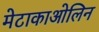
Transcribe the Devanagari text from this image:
मेटाकाओलिन